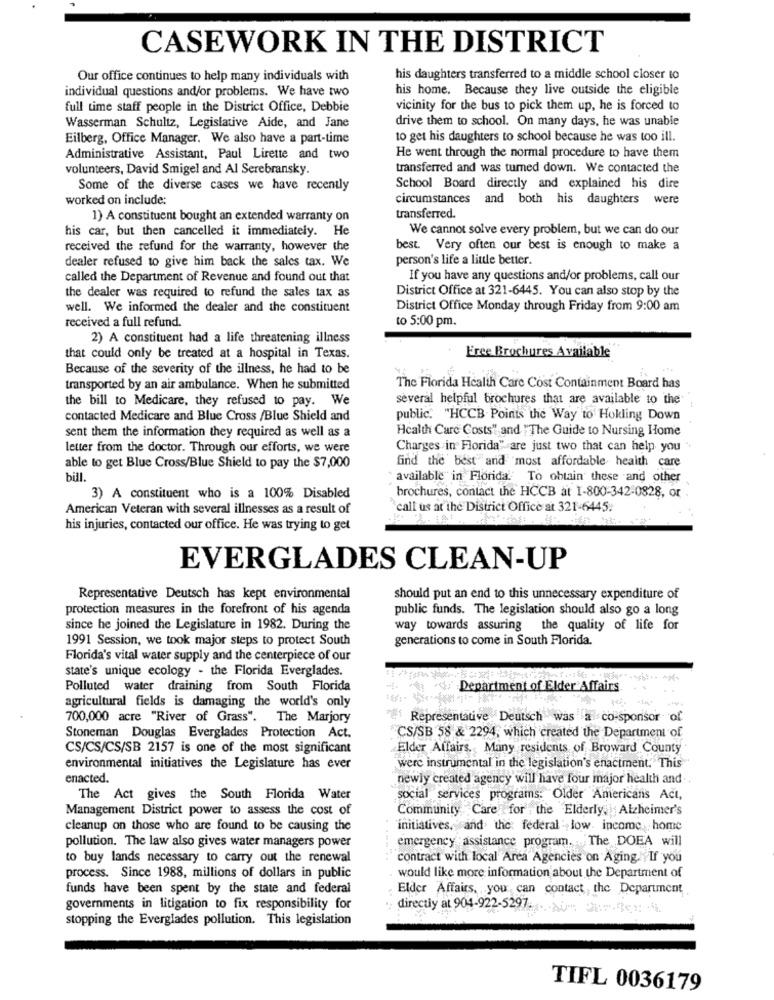
CASEWORK IN THE DISTRICT
Our office continues to help many individuals with
his daughters transferred to a middle school closer to
individual questions and/or problems. We have two
his home. Because they live outside the eligible
full time staff people in the District Office, Debbie
vicinity for the bus to pick them up, he is forced to
drive them to school. On many days, he was unable
Wasserman Schultz, Legislative Aide, and Jane
Eilberg, Office Manager. We also have a part-time
to get his daughters to school because he was too ill.
Administrative Assistant, Paul Lirette and two
He went through the normal procedure to have them
volunteers, David Smigel and Al Serebransky.
transferred and was turned down. We contacted the
Some of the diverse cases we have recently
School Board directly and explained his dire
worked on include:
circumstances and both his daughters were
1) A constituent bought an extended warranty on
transferred.
his car, but then cancelled it immediately. He
We cannot solve every problem, but we can do our
received the refund for the warranty, however the
best. Very often our best is enough to make a
dealer refused to give him back the sales tax. We
person's life a little better.
called the Department of Revenue and found out that
If you have any questions and/or problems, call our
the dealer was required to refund the sales tax as
District Office at 321-6445. You can also stop by the
well. We informed the dealer and the constituent
District Office Monday through Friday from 9:00 am
to 5:00 pm.
received a full refund.
2) A constituent had a life threatening illness
that could only be treated at a hospital in Texas.
Free Brochures Available
Because of the severity of the illness, he had to be
transported by an air ambulance. When he submitted
The Florida Health Care Cost Containment Board has
the bill to Medicare, they refused to pay. We
several helpful brochures that are available to the
contacted Medicare and Blue Cross /Blue Shield and
public. "HCCB Points the Way to Hokling Down
Health Care Costs" and " The Guide to Nursing Home
sent them the information they required as well as a
letter from the doctor. Through our efforts, we were
Charges in Florida" are just two that can help you .
find the best and most affordable health care
able to get Blue Cross/Blue Shield to pay the $7,000
bill.
available in Florida. To obtain these and other
brochures, contact the HCCB at 1-800-342-0828, or
3) A constituent who is a 100% Disabled
American Veteran with several illnesses as a result of
call us at the District Office at 321-6445.
his injuries, contacted our office. He was trying to get
EVERGLADES CLEAN-UP
Representative Deutsch has kept environmental
should put an end to this unnecessary expenditure of
protection measures in the forefront of his agenda
public funds. The legislation should also go a long
since he joined the Legislature in 1982. During the
way towards assuring the quality of life for
1991 Session, we took major steps to protect South
generations to come in South Florida.
Florida's vital water supply and the centerpiece of our
state's unique ecology - the Florida Everglades.
Polluted water draining from South Florida
Department of Elder Affairs
agricultural fields is damaging the world's only
700,000 acre "River of Grass". The Marjory
"#! Representative Deutsch was a co-sponsor of
Stoneman Douglas Everglades Protection Act.
CS/SB 58 & 2294, which created the Department of
CS/CS/CS/SB 2157 is one of the most significant
Elder Affairs ., Many residents of Broward County
environmental initiatives the Legislature has ever
were instrumental in the legislation's enactment." This
enacted.
newly created agency will have four major health and ..
The Act gives the South Florida Water
social services programs: Older Americans Act,
Management District power to assess the cost of
Community Care for , the Elderly. Alzheimer's
cleanup on those who are found to be causing the
initiatives, and the federal low income home
emergency :assistance program. The DOEA will
pollution. The law also gives water managers power
to buy lands necessary to carry out the renewal
contract with local Area Agencies on Aging If you
process. Since 1988, millions of dollars in public
would like more information about the Department of
funds have been spent by the state and federal
Elder Affairs, you can contact ,the Department
governments in litigation to fix responsibility for
directly at 904-922-5297 ...- >- 2014
stopping the Everglades pollution. This legislation
TIFL 0036179